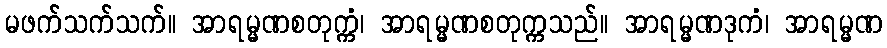
မဖက်သက်သက်။ အာရမ္မဏစတုက္ကံ၊ အာရမ္မဏစတုက္ကသည်။ အာရမ္မဏဒုကံ၊ အာရမ္မဏ